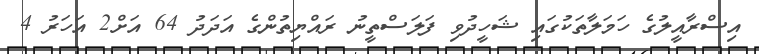
އިސްރާއީލުގެ ހަމަލާތަކުގައި ޝަހީދުވި ފަލަސްތީނު ރައްޔިތުންގެ އަދަދު 64 އަށް2 އަހަރު 4